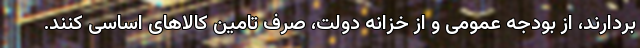
بردارند، از بودجه عمومی و از خزانه دولت، صرف تامین کالاهای اساسی کنند.